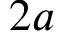
2 a